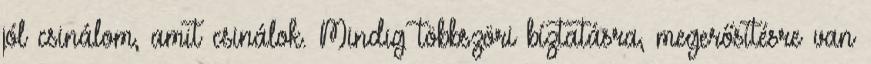
jól csinálom, amit csinálok. Mindig többszöri bíztatásra, megerősítésre van